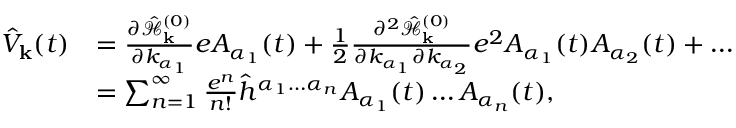
\begin{array} { r l } { \hat { V } _ { \mathbf { k } } ( t ) } & { = \frac { \partial \hat { \mathcal { H } } _ { \mathbf { k } } ^ { ( 0 ) } } { \partial k _ { \alpha _ { 1 } } } e A _ { \alpha _ { 1 } } ( t ) + \frac { 1 } { 2 } \frac { \partial ^ { 2 } \hat { \mathcal { H } } _ { \mathbf { k } } ^ { ( 0 ) } } { \partial k _ { \alpha _ { 1 } } \partial k _ { \alpha _ { 2 } } } e ^ { 2 } A _ { \alpha _ { 1 } } ( t ) A _ { \alpha _ { 2 } } ( t ) + \hdots } \\ & { = \sum _ { n = 1 } ^ { \infty } \frac { e ^ { n } } { n ! } \hat { h } ^ { \alpha _ { 1 } \hdots \alpha _ { n } } A _ { \alpha _ { 1 } } ( t ) \hdots A _ { \alpha _ { n } } ( t ) \mathrm { , } } \end{array}